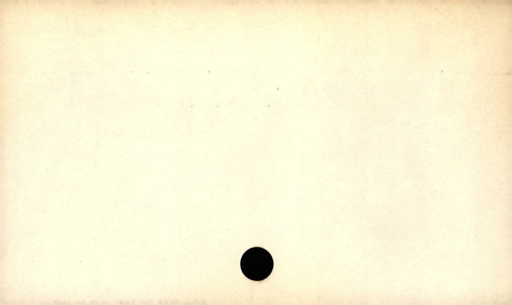
Label: blank